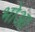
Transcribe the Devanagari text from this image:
भोआ